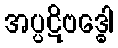
အပ္ပဋိဗဒ္ဓေါ